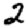
Digit: 2